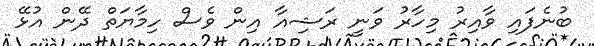
ބުނެފައި ވާއިރު މިހާރު ވަނީ ރަޝިއާ އިން ވެސް ހިމާޔަތް ދޭން އުޅޭ